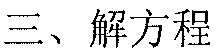
三、解方程